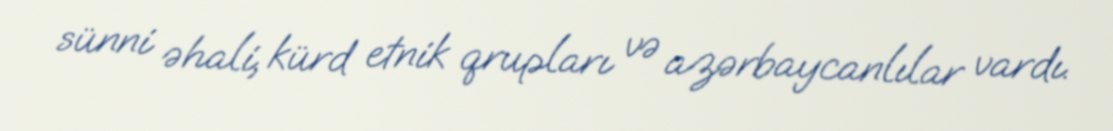
sünni əhali, kürd etnik qrupları və azərbaycanlılar vardı.